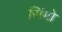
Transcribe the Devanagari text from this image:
सिंगो